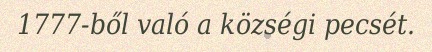
1777-ből való a községi pecsét.